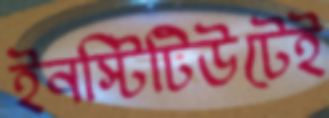
ইনস্টিটিউটেই